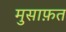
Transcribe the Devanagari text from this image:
मुसाफ़त